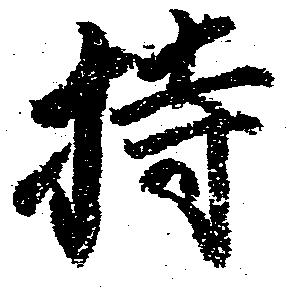
持